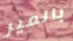
بالمير